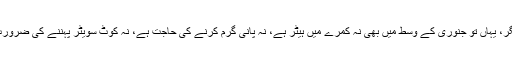
مگر، یہاں تو جنوری کے وسط میں بھی نہ کمرے میں ہیٹر ہے، نہ پانی گرم کرنے کی حاجت ہے، نہ کوٹ سویٹر پہننے کی ضرورت۔